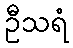
ဦသရံ